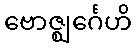
ဗောဇ္ဈင်္ဂေဟိ